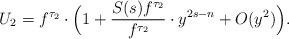
LaTeX: \begin{align*}U_2=f^{\tau_2}\cdot\Big(1+\frac{S(s)f^{\tau_2}}{f^{\tau_2}}\cdot y^{2s-n}+O(y^2)\Big).\end{align*}